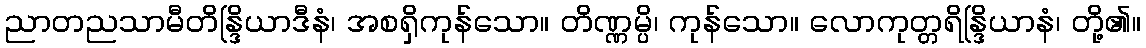
ညာတညသာမီတိန္ဒြိယာဒီနံ၊ အစရှိကုန်သော။ တိဏ္ဏမ္ပိ၊ ကုန်သော။ လောကုတ္တရိန္ဒြိယာနံ၊ တို့၏။